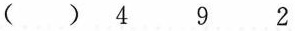
（ ）4 9 2